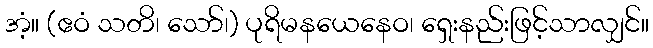
အံ့။ (ဧဝံ သတိ၊ သော်၊) ပုရိမနယေနေဝ၊ ရှေးနည်းဖြင့်သာလျှင်။